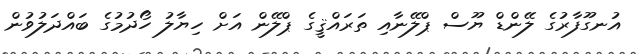
އުނގޫފާރުގެ ލޭންޑް ޔޫސް ޕްލޭނާއި ތަރައްޤީގެ ޕްލޭން އަށް ހިޔާލު ހޯދުމުގެ ބައްދަލުވުން